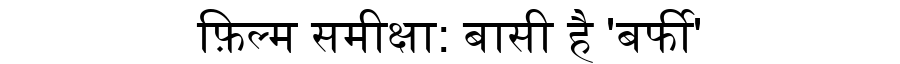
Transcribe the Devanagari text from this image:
फ़िल्म समीक्षा: बासी है 'बर्फी'